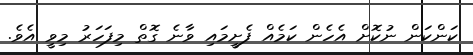
ކަންކަން ނުކޮށް އެހެން ކަމެއް ފެށީމައި ވާނެ ގޮތް މިފަހަރު މިވީ އެވެ.